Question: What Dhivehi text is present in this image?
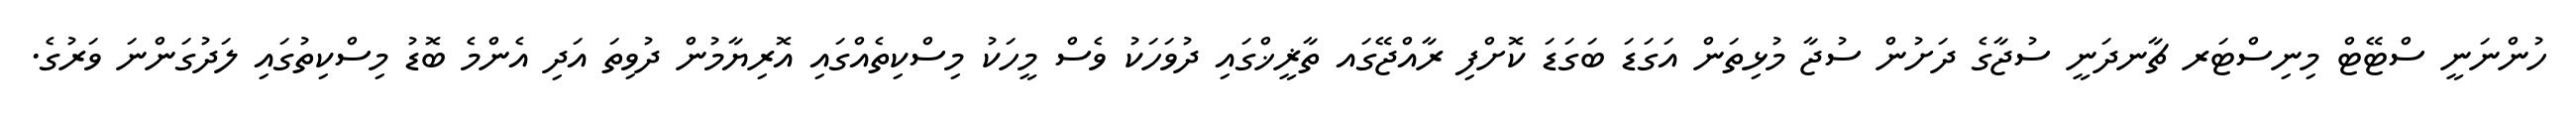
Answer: ހުންނަނީ ސްޓޭޓް މިނިސްޓަރ ޗާނދަނީ ސުޖާގެ ދަށުން ސުޖާ މުޅިތަން އަގަޑަ ބަގަޑަ ކޮށްފި ރާއްޖޭގައ ތާޜީޚްގައި ދުވަހަކު ވެސް މީހަކު މިސްކިތެއްގައި އޮރިޔާމުން ދުވިތަ އަދި އެންމެ ބޮޑު މިސްކިތުގައި ލަދުގަންނަ ވަރުގެ.